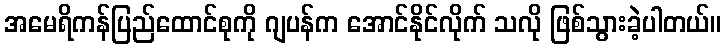
အမေရိကန်ပြည်ထောင်စုကို ဂျပန်က အောင်နိုင်လိုက် သလို ဖြစ်သွားခဲ့ပါတယ်။